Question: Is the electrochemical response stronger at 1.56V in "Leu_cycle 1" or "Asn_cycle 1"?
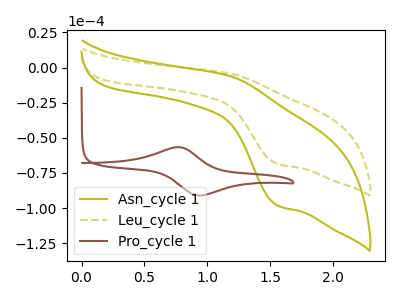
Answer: <think>The olive curve "Asn_cycle 1" has an anodic peak at (1.20V, -6.00uA) and a cathodic peak at (1.55V, -98.20uA). The olive dashed curve "Leu_cycle 1" has an anodic peak at (1.20V, -4.15uA) and a cathodic peak at (1.55V, -68.55uA). The brown curve "Pro_cycle 1" has an anodic peak at (0.75V, -56.65uA) and a cathodic peak at (0.95V, -91.05uA).</think>
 <answer>The peak at 1.56V is lower in "Leu_cycle 1" than in "Asn_cycle 1".</answer>
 <eval>lower</eval>